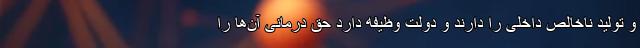
و تولید ناخالص داخلی را دارند و دولت وظیفه دارد حق درمانی آن‌ها را